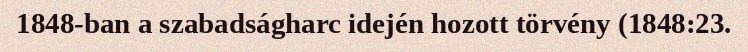
1848-ban a szabadságharc idején hozott törvény (1848:23.